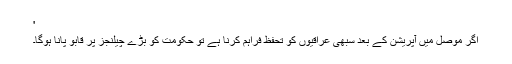
'
اگر موصل میں آپریشن کے بعد سبھی عراقیوں کو تحفظ فراہم کرنا ہے تو حکومت کو بڑے چیلنجز پر قابو پانا ہوگا۔